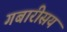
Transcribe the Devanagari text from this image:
गबारीसय